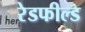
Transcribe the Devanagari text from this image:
रेडफील्ड